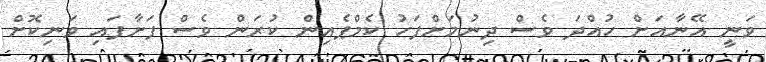
ވަނީ އޭނާއަށް ހުއްދަ ވެސް ދިނުމަށްފަހު ކެމްޕެއިން ކުރަން ވެސް ފަށާފައި ވަނިކޮށް